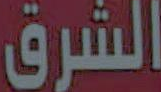
الشرق